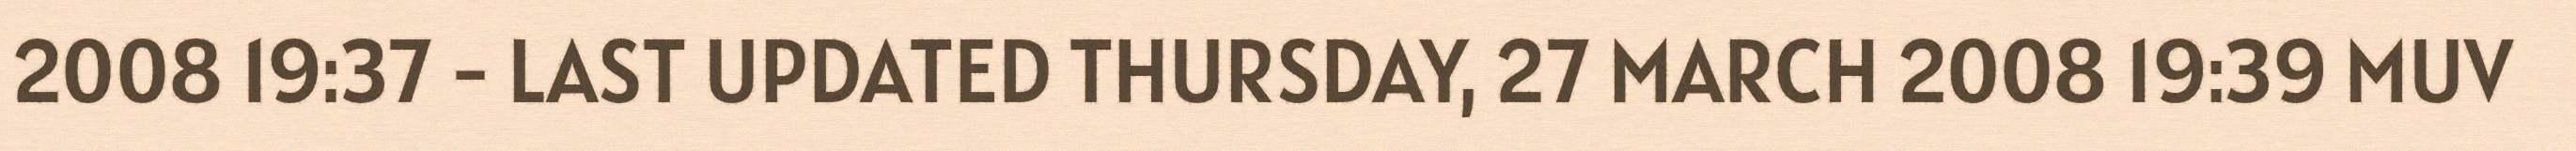
2008 19:37 - LAST UPDATED THURSDAY, 27 MARCH 2008 19:39 MUV